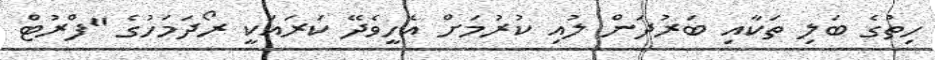
ހިތުގެ ބަލި ތަކާއި ބަރުދަން ލުއި ކުރުމަށް އެހީވެދޭ ކަރައަކީ ރޯދަމަހުގެ "ފްރުޓް